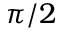
\pi / 2